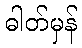
ဓါတ်မှန်